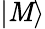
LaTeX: |\mathit{M}\rangle